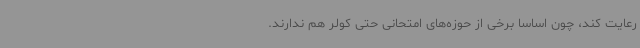
رعایت کند، چون اساسا برخی از حوزه‌های امتحانی حتی کولر هم ندارند.